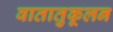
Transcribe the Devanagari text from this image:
वातातुकूलन